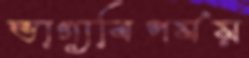
ভাগ্যবিপর্যয়